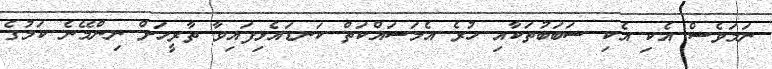
ނަމަވެސް އެކި އެކި ސަބަބުތަކާއި ހުރެ އެމަސައްކަތް ކަނޑައެޅިފައިވާ ތާރީހަށް ނިންމޭނެ ކަމުގެ